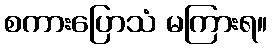
စကားပြောသံ မကြားရ။